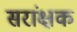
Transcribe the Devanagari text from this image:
सरांक्षक